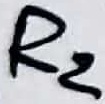
Text: R2